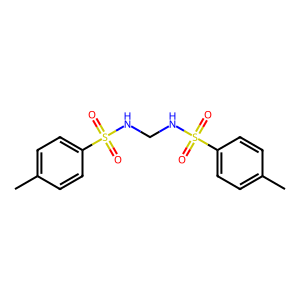
SMILES: Cc1ccc(S(=O)(=O)NCNS(=O)(=O)c2ccc(C)cc2)cc1
Inhibits HIV replication: No